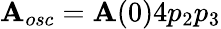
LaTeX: {\mathbf{A}_{osc}=\mathbf{A}(0)4p_{2}p_{3}}